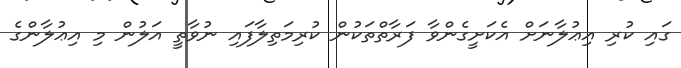
ގައި ކުރި އިޢުލާނަށް އެކަށީގެންވާ ފަރާތްތަކުން ކުރިމަތިލާފައި ނުވާތީ އަލުން މި އިޢުލާންގެ